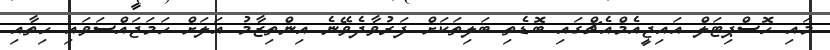
މައި ހޮސްޕިޓަލް އައިޖީއެމްއެޗްގައި ބޮޑެތި ބަލިތަކަށް ފަރުވާދެވޭނެ އިންތިޒާމު އަލަށް ހަމަޖައްސަވައި ހިތާއި